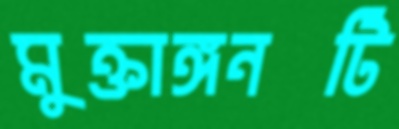
মুক্তাঙ্গনটি